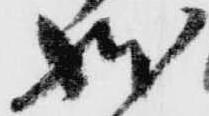
状